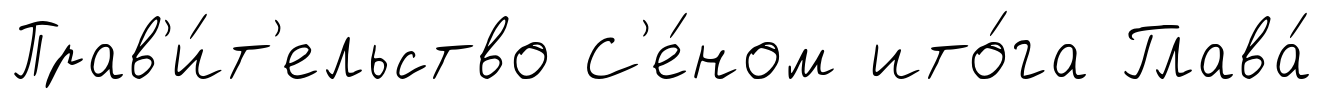
Прав'и́т'ельство С'е́ном ито́га Глава́